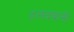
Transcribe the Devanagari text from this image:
हलदवानी